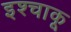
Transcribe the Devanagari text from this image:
इश्चाकू